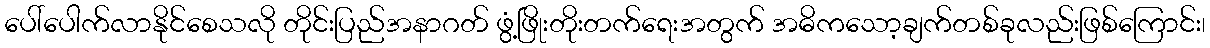
ပေါ်ပေါက်လာနိုင်စေသလို တိုင်းပြည်အနာဂတ် ဖွံ့ဖြိုးတိုးတက်ရေးအတွက် အဓိကသော့ချက်တစ်ခုလည်းဖြစ်ကြောင်း၊